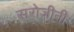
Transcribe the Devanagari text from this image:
सरोजीनी